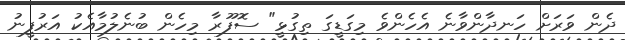
ދެން ވަރަށް ހަނދާންވާނެ އެހެންވެ މިގަޑީގަ ތިގުޅީ" ސޮފޫރާ މިހެން ބުނެލުމާއެކު އަރުފީނު